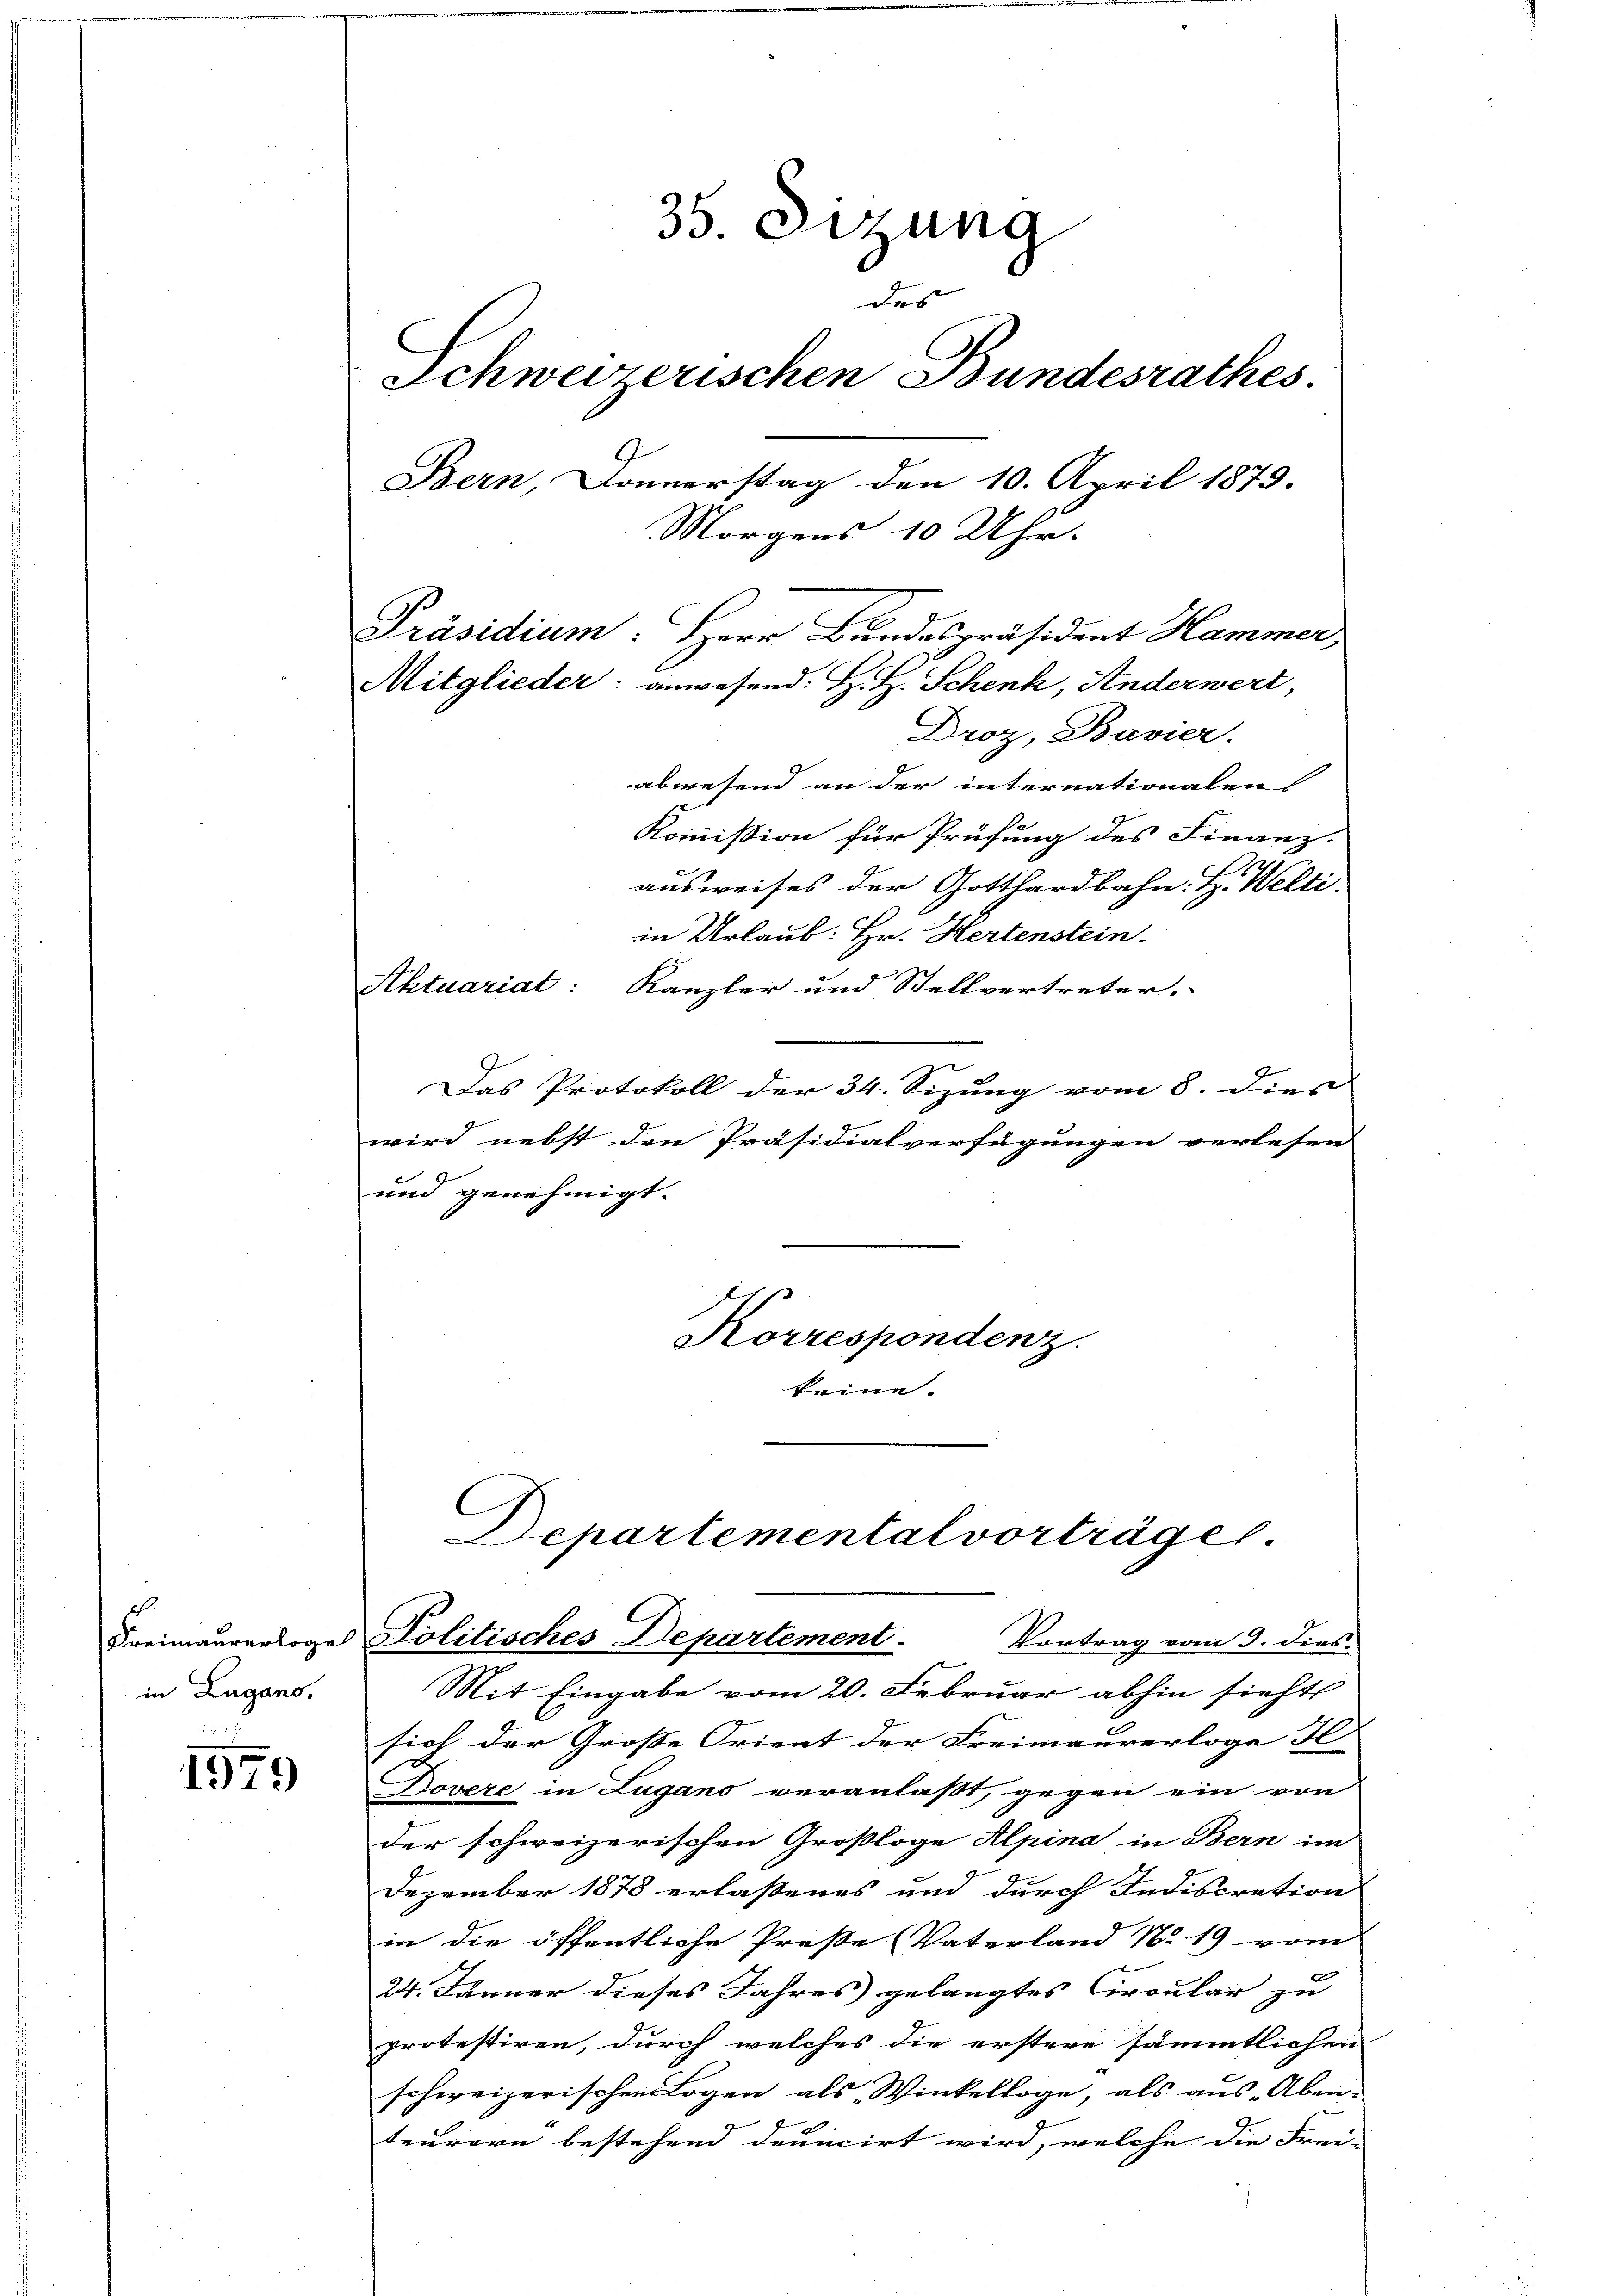
in Lugano,

1979

35. Derung
des
Schweizerischen Bundesrathes.
9
Bern, Donnerstag den 10. April 1873.
Morgens 10 Uhr.
Präsidium: Herr Bundespräsident Hammer
Mitglieder: anwesend: H. H. Schenk, Anderwert,
Droz, Bavier.

abwesend an der internationalen
Kommission für Prüfung des Finanz-
ausweises der Gotthardbahn. H. Welti.
in Urlaub: Hr. Hertenstein.
Aktuariat: Kanzler und Stellvertreter.
Das Protokoll der 34. Sizung vom 8. dies
wird nebst den Präsidialverfügungen verlesen
und genehmigt.

Korrespondenz.

keine.

Departemental vorträger
Freimaurerloge Politisches Departement.
Vortrag vom 9. dies

Mit Eingabe vom 20. Februar abhin sicht
sich der Große Orient der Freimaurerloge I
x
Dovere in Lugano veranlaßt, gegen ein von
der schweizerischen Großloge Alpina in Bern im
Dezember 1878 erlassenes und durch Indiscration
in die öffentliche Preße Vaterland No. 19 vom
24. Jänner dieses Jahres gelangtes Circular zu
protestiren, durch welches die erstere sämmtlichen
schweizerischen Logen als Winkelloge, als aus. Aben-
teurern bestehend deuicirt wird, welche die Frei-